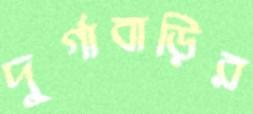
দুর্গাবাড়ির